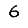
Digit: 6